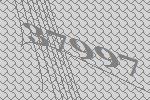
37997